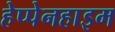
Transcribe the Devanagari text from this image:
हेप्पेनहाइम